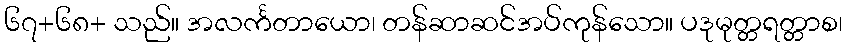
၆၇+၆၈+ သည်။ အလင်္ကတာယော၊ တန်ဆာဆင်အပ်ကုန်သော။ ပဒုမုတ္တရတ္တာစ၊